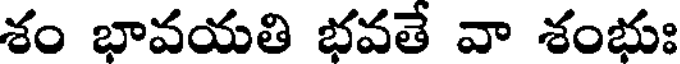
శం భావయతి భవతే వా శంభుః